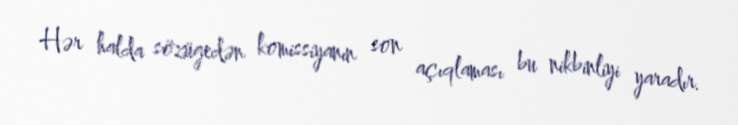
Hər halda sözügedən komissiyanın son açıqlaması bu nikbinliyi yaradır.